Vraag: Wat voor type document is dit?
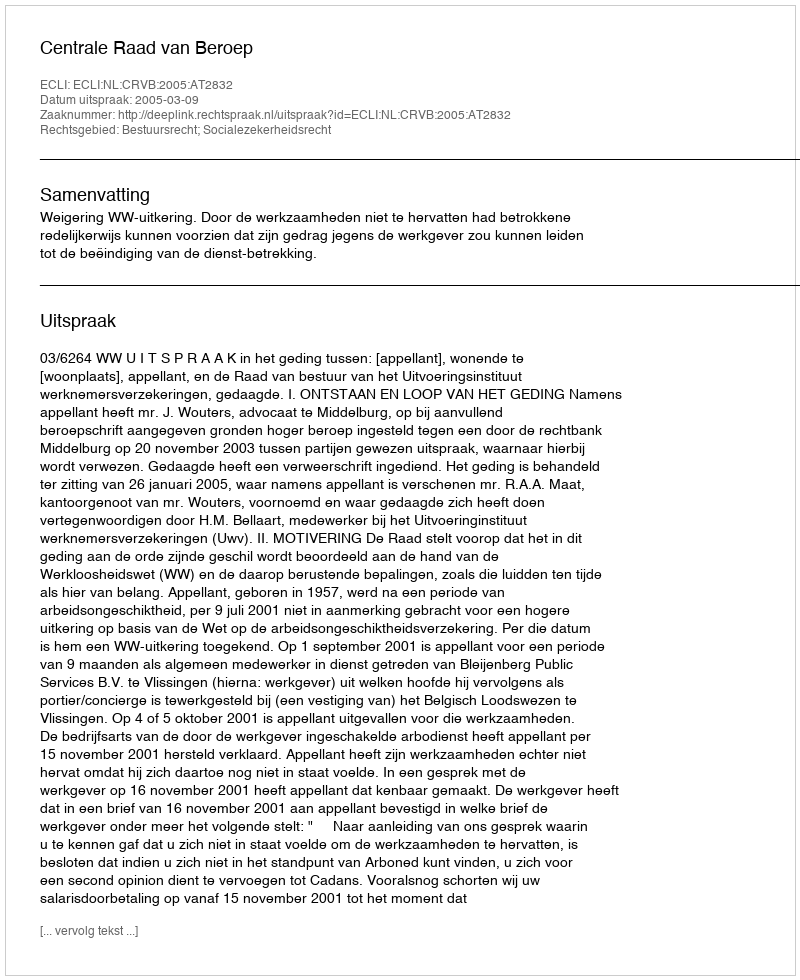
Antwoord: Uitspraak